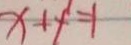
x + y ^ { 1 } = 1